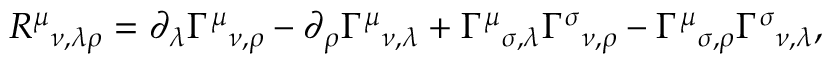
R ^ { \mu } { } _ { \nu , \lambda \rho } = \partial _ { \lambda } \Gamma ^ { \mu } { } _ { \nu , \rho } - \partial _ { \rho } \Gamma ^ { \mu } { } _ { \nu , \lambda } + \Gamma ^ { \mu } { } _ { \sigma , \lambda } \Gamma ^ { \sigma } { } _ { \nu , \rho } - \Gamma ^ { \mu } { } _ { \sigma , \rho } \Gamma ^ { \sigma } { } _ { \nu , \lambda } ,